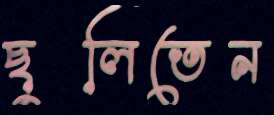
ছুলিতেন